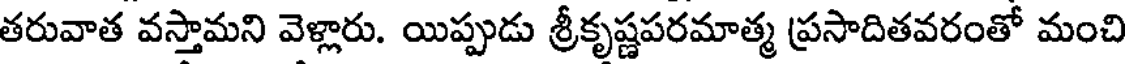
తరువాత వస్తామని వెళ్లారు. యిప్పుడు శ్రీకృష్ణపరమాత్మ ప్రసాదితవరంతో మంచి